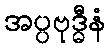
အပ္ပဗုဒ္ဓီနံ